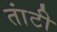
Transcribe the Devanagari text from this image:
तांटी